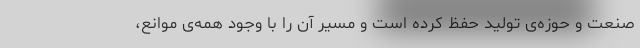
صنعت و حوزه‌ی تولید حفظ کرده است و مسیر آن را با وجود همه‌ی موانع،